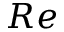
R e